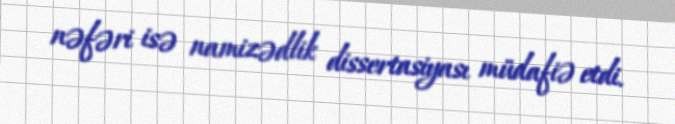
nəfəri isə namizədlik dissertasiyası müdafiə etdi.